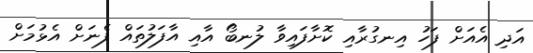
އަދި އެއަށް ފަހު އިނގުރާއި ކޮށާފައިވާ ލުނބޯ އާއި އާފަލުތައް ފެނަށް އެޅުމަށް